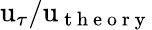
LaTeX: \mathrm{u}_{\tau}/\mathrm{u}_{\mathrm{~t~h~e~o~r~y~}}